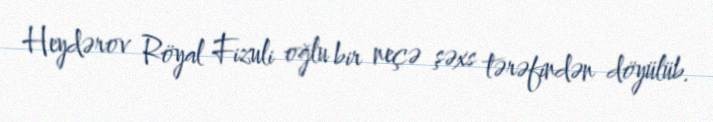
Heydərov Röyal Fizuli oğlu bir neçə şəxs tərəfindən döyülüb.